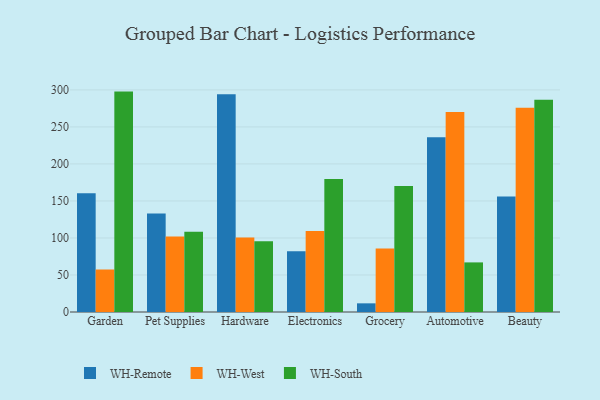
{"axis": {"x": "Category", "y": "Operating Costs (USD K)"}, "legend": ["WH-Remote", "WH-South", "WH-West"], "data": [{"x": "Garden", "y": 160.5, "type": "WH-Remote"}, {"x": "Garden", "y": 57.4, "type": "WH-West"}, {"x": "Garden", "y": 297.7, "type": "WH-South"}, {"x": "Pet Supplies", "y": 132.9, "type": "WH-Remote"}, {"x": "Pet Supplies", "y": 101.9, "type": "WH-West"}, {"x": "Pet Supplies", "y": 108.5, "type": "WH-South"}, {"x": "Hardware", "y": 294.2, "type": "WH-Remote"}, {"x": "Hardware", "y": 100.6, "type": "WH-West"}, {"x": "Hardware", "y": 95.5, "type": "WH-South"}, {"x": "Electronics", "y": 82.1, "type": "WH-Remote"}, {"x": "Electronics", "y": 109.3, "type": "WH-West"}, {"x": "Electronics", "y": 179.7, "type": "WH-South"}, {"x": "Grocery", "y": 11.7, "type": "WH-Remote"}, {"x": "Grocery", "y": 85.7, "type": "WH-West"}, {"x": "Grocery", "y": 170.2, "type": "WH-South"}, {"x": "Automotive", "y": 236.2, "type": "WH-Remote"}, {"x": "Automotive", "y": 270.0, "type": "WH-West"}, {"x": "Automotive", "y": 67.0, "type": "WH-South"}, {"x": "Beauty", "y": 156.0, "type": "WH-Remote"}, {"x": "Beauty", "y": 275.8, "type": "WH-West"}, {"x": "Beauty", "y": 286.7, "type": "WH-South"}]}